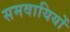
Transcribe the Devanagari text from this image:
समवायियों